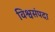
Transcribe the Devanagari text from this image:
विश्वसंपदा